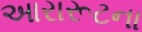
આરારૂટના